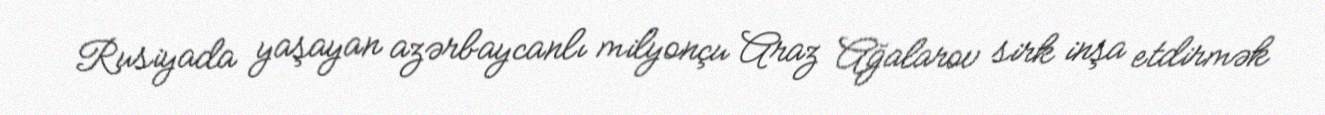
Rusiyada yaşayan azərbaycanlı milyonçu Araz Ağalarov sirk inşa etdirmək